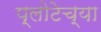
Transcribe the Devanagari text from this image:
प्लोटेच्या